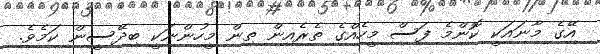
އޭގެ މާނައަކީ ކޮންމެ ފަސް މީހެއްގެ ތެރެއިން ތިން މީހުންނަކީ ބިދޭސީން ކަމެވެ.